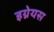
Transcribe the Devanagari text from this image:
इग्नेयस